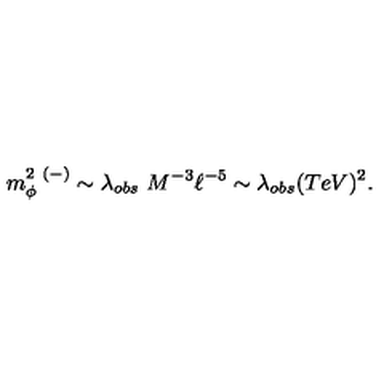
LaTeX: m _ { \phi } ^ { 2 \ ( - ) } \sim \lambda _ { o b s } \ M ^ { - 3 } \ell ^ { - 5 } \sim \lambda _ { o b s } ( T e V ) ^ { 2 } .